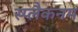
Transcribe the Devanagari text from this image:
स्प्लैकनम